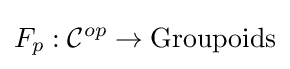
F_{p}:{\mathcal {C}}^{op}\to {\text{Groupoids}}